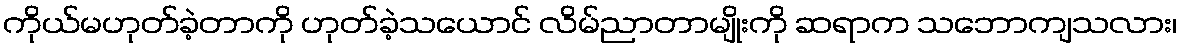
ကိုယ်မဟုတ်ခဲ့တာကို ဟုတ်ခဲ့သယောင် လိမ်ညာတာမျိုးကို ဆရာက သဘောကျသလား၊